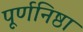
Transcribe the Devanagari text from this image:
पूर्णनिष्ठा